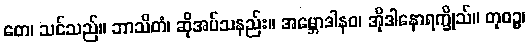
တေ၊ သင်သည်။ ဘာသိတံ၊ ဆိုအပ်သနည်း။ အမ္ဘောဒါနဝ၊ အိုဒါနောရက္ခိုသ်။ တုဝဉ္စ၊